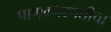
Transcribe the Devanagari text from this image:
पाणवनस्पतीचा